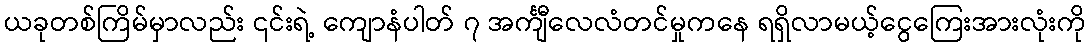
ယခုတစ်ကြိမ်မှာလည်း ၎င်းရဲ့ ကျောနံပါတ် ၇ အင်္ကျီလေလံတင်မှုကနေ ရရှိလာမယ့်ငွေကြေးအားလုံးကို